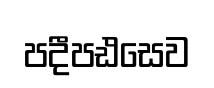
පදීපඪසෙව